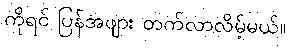
ကိုရင် ပြန်အဖျား တက်လာလိမ့်မယ်။